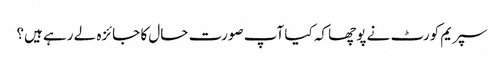
سپریم کورٹ نے پوچھا کہ کیا آپ صورت حال کا جائزہ لے رہے ہیں؟